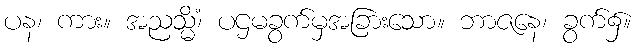
ပန၊ ကား။ အညသ္မိံ၊ ပဌမခွက်မှအခြားသော။ ဘာဇနေ၊ ခွက်၌။